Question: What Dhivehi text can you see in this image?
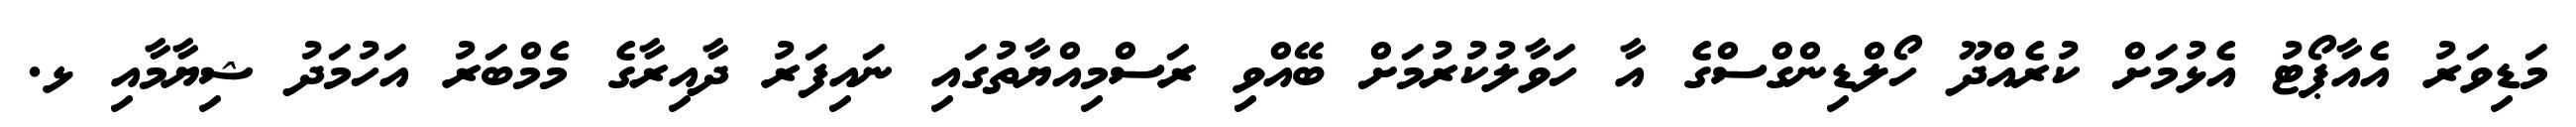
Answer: މަޑިވަރު އެއާޕޯޓު އެޅުމަށް ކުރެއްދޫ ހޯލްޑިންގްސްގެ އާ ހަވާލުކުރުމަށް ބޭއްވި ރަސްމިއްޔާތުގައި ނައިފަރު ދާއިރާގެ މެމްބަރު އަހުމަދު ޝިޔާމާއި ޅ.